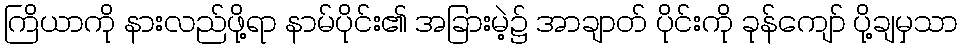
ကြိယာကို နားလည်ဖို့ရာ နာမ်ပိုင်း၏ အခြားမဲ့၌ အာချာတ် ပိုင်းကို ခုန်ကျော် ပို့ချမှသာ